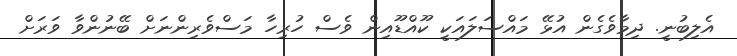
އެލިބުނީ. ދިމާވެގެން އުޅޭ މައްސަލައަކީ ކޫއްޑޫއިން ވެސް ހުރިހާ މަސްވެރިންނަށް ބޭނުންވާ ވަރަށް